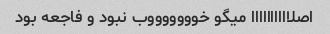
اصلاااااااااا میگو خوووووووب نبود و فاجعه بود